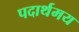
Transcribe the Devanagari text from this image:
पदार्थमय